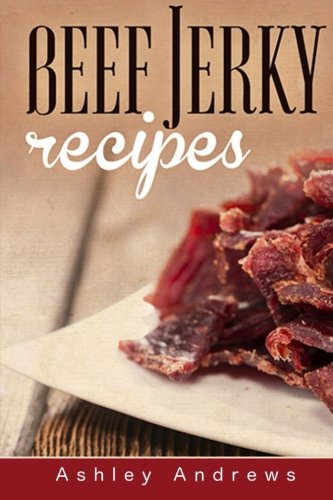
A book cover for Beef Jerky Recipes: Homemade Beef Jerky, Turkey Jerky, Buffalo Jerky, Fish Jerky, and Venison Jerky Recipes; Ashley Andrews; Cookbooks, Food & Wine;